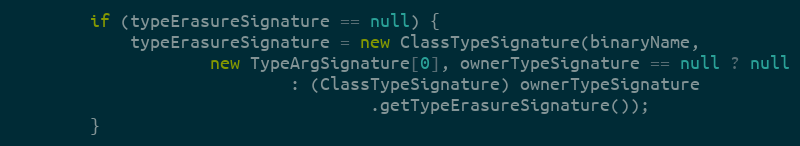
Language: Java
		if (typeErasureSignature == null) {
			typeErasureSignature = new ClassTypeSignature(binaryName,
					new TypeArgSignature[0], ownerTypeSignature == null ? null
							: (ClassTypeSignature) ownerTypeSignature
									.getTypeErasureSignature());
		}